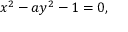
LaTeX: x ^ { 2 } - a y ^ { 2 } - 1 = 0 ,